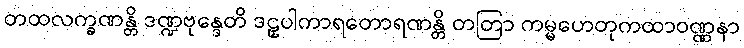
တထလက္ခဏန္တိ ဒဏ္ဍဗုန္ဒေတိ ဒဠှပါကာရတောရဏန္တိ တတြာ ကမ္မဟေတုကထာဝဏ္ဏနာ